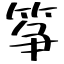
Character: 筝